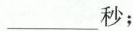
___秒；